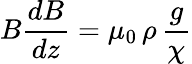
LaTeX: B{\frac{dB}{dz}}=\mu_{0}\, \rho\, {\frac{g}{\chi}}